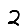
Digit: 2